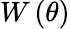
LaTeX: W\left(\theta\right)